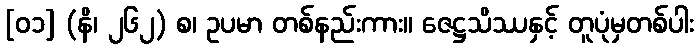
[၀၁] (နိ၊ ၂၆၂) စ၊ ဥပမာ တစ်နည်းကား။ ဇေဋ္ဌသိဿနှင့် တူပုံမှတစ်ပါး